Bréfritari: Páll Magnússon
Viðtakandi: Jón Borgfirðingur
Dagsetning: A-1867-06-17
Skrifað á: Kjarna  Eyf.

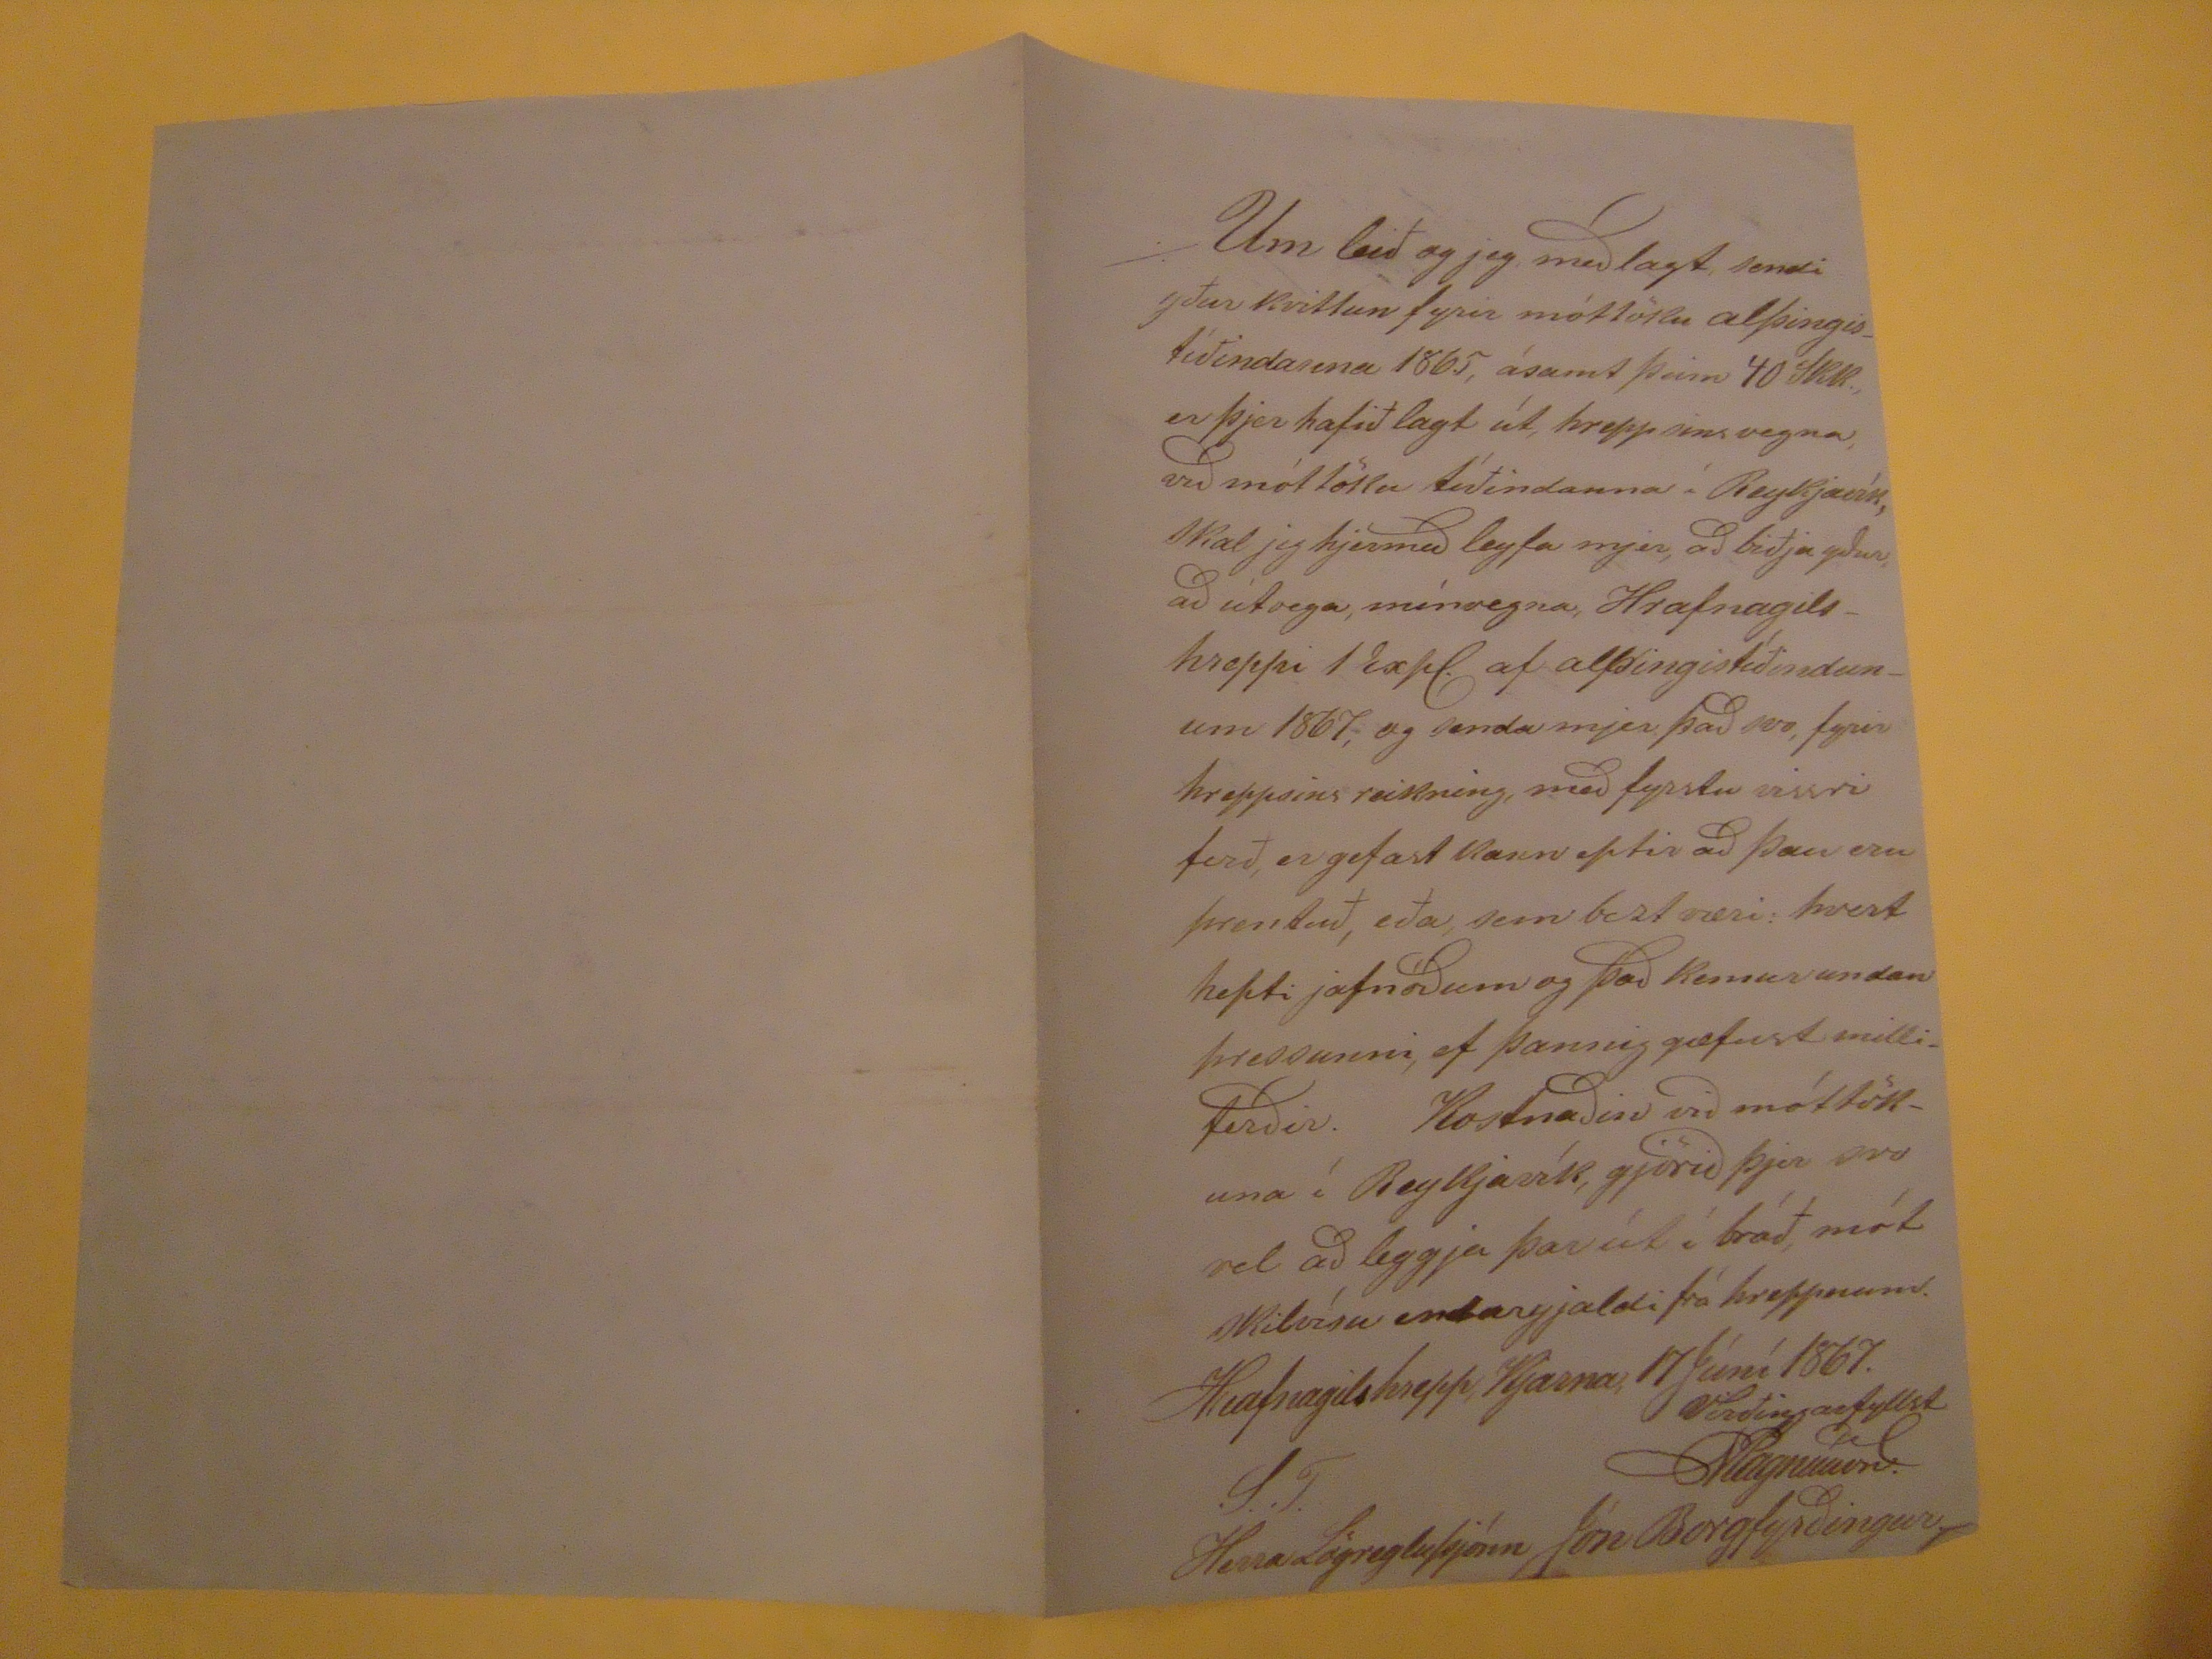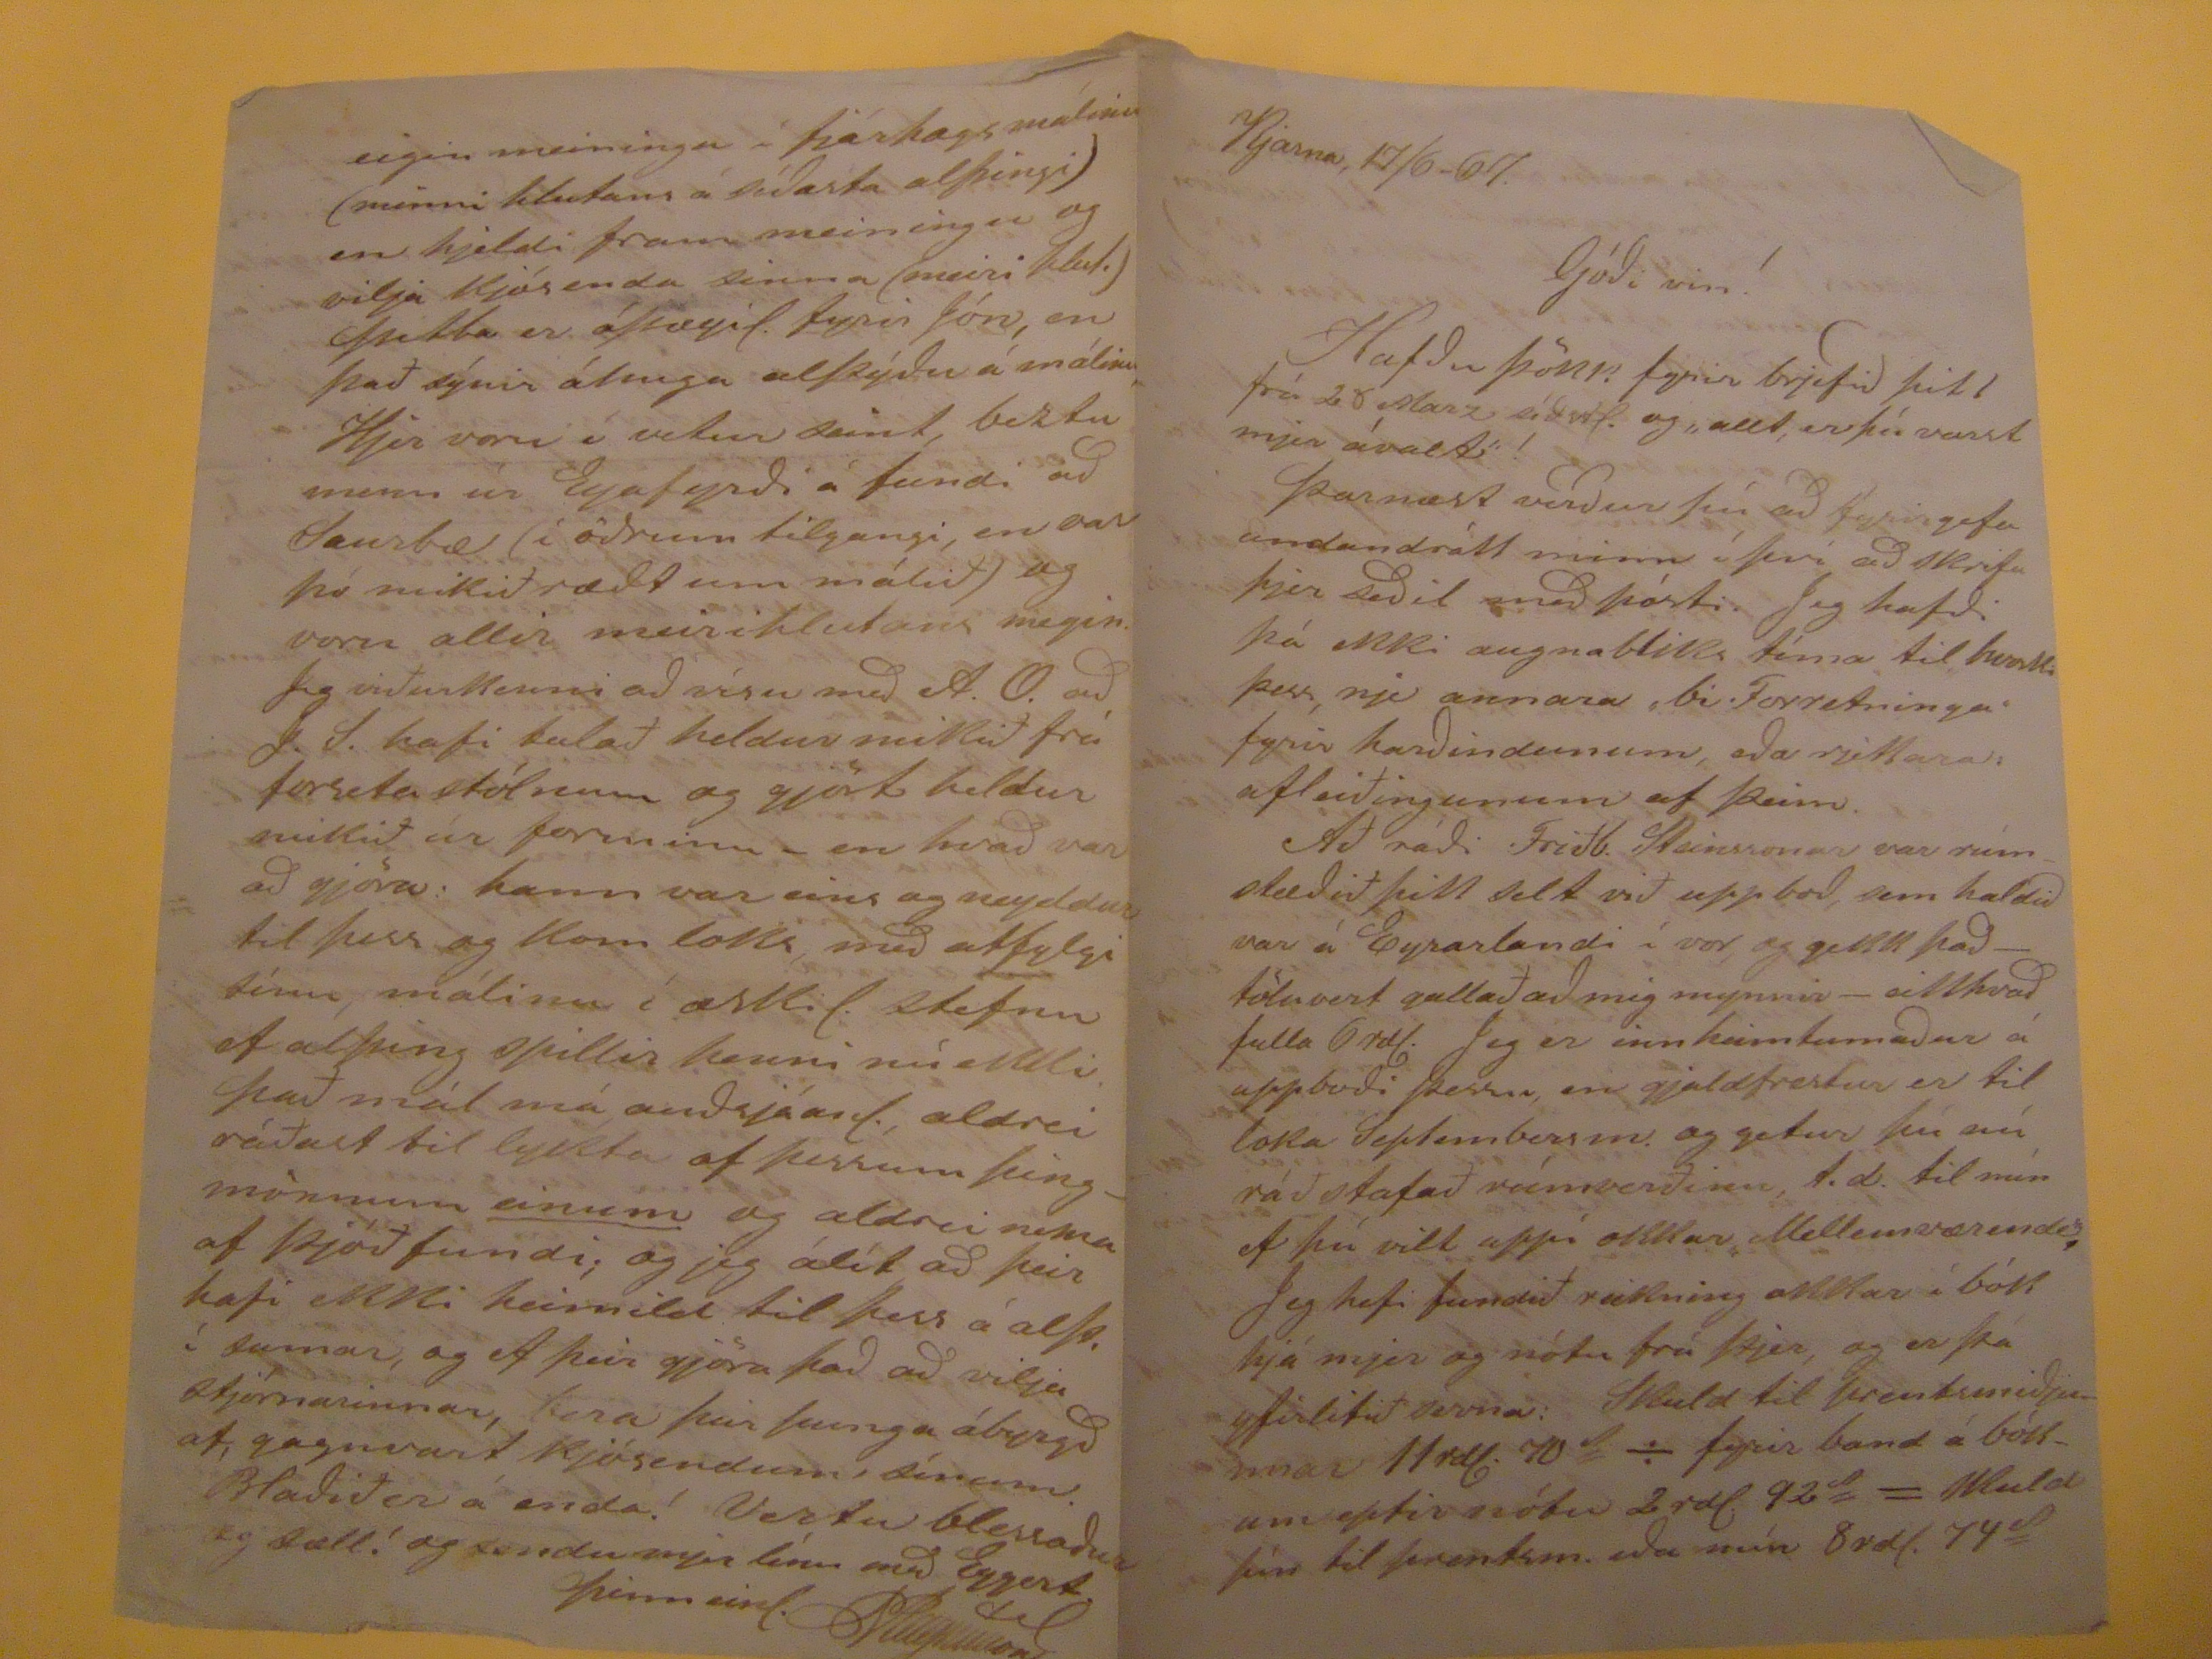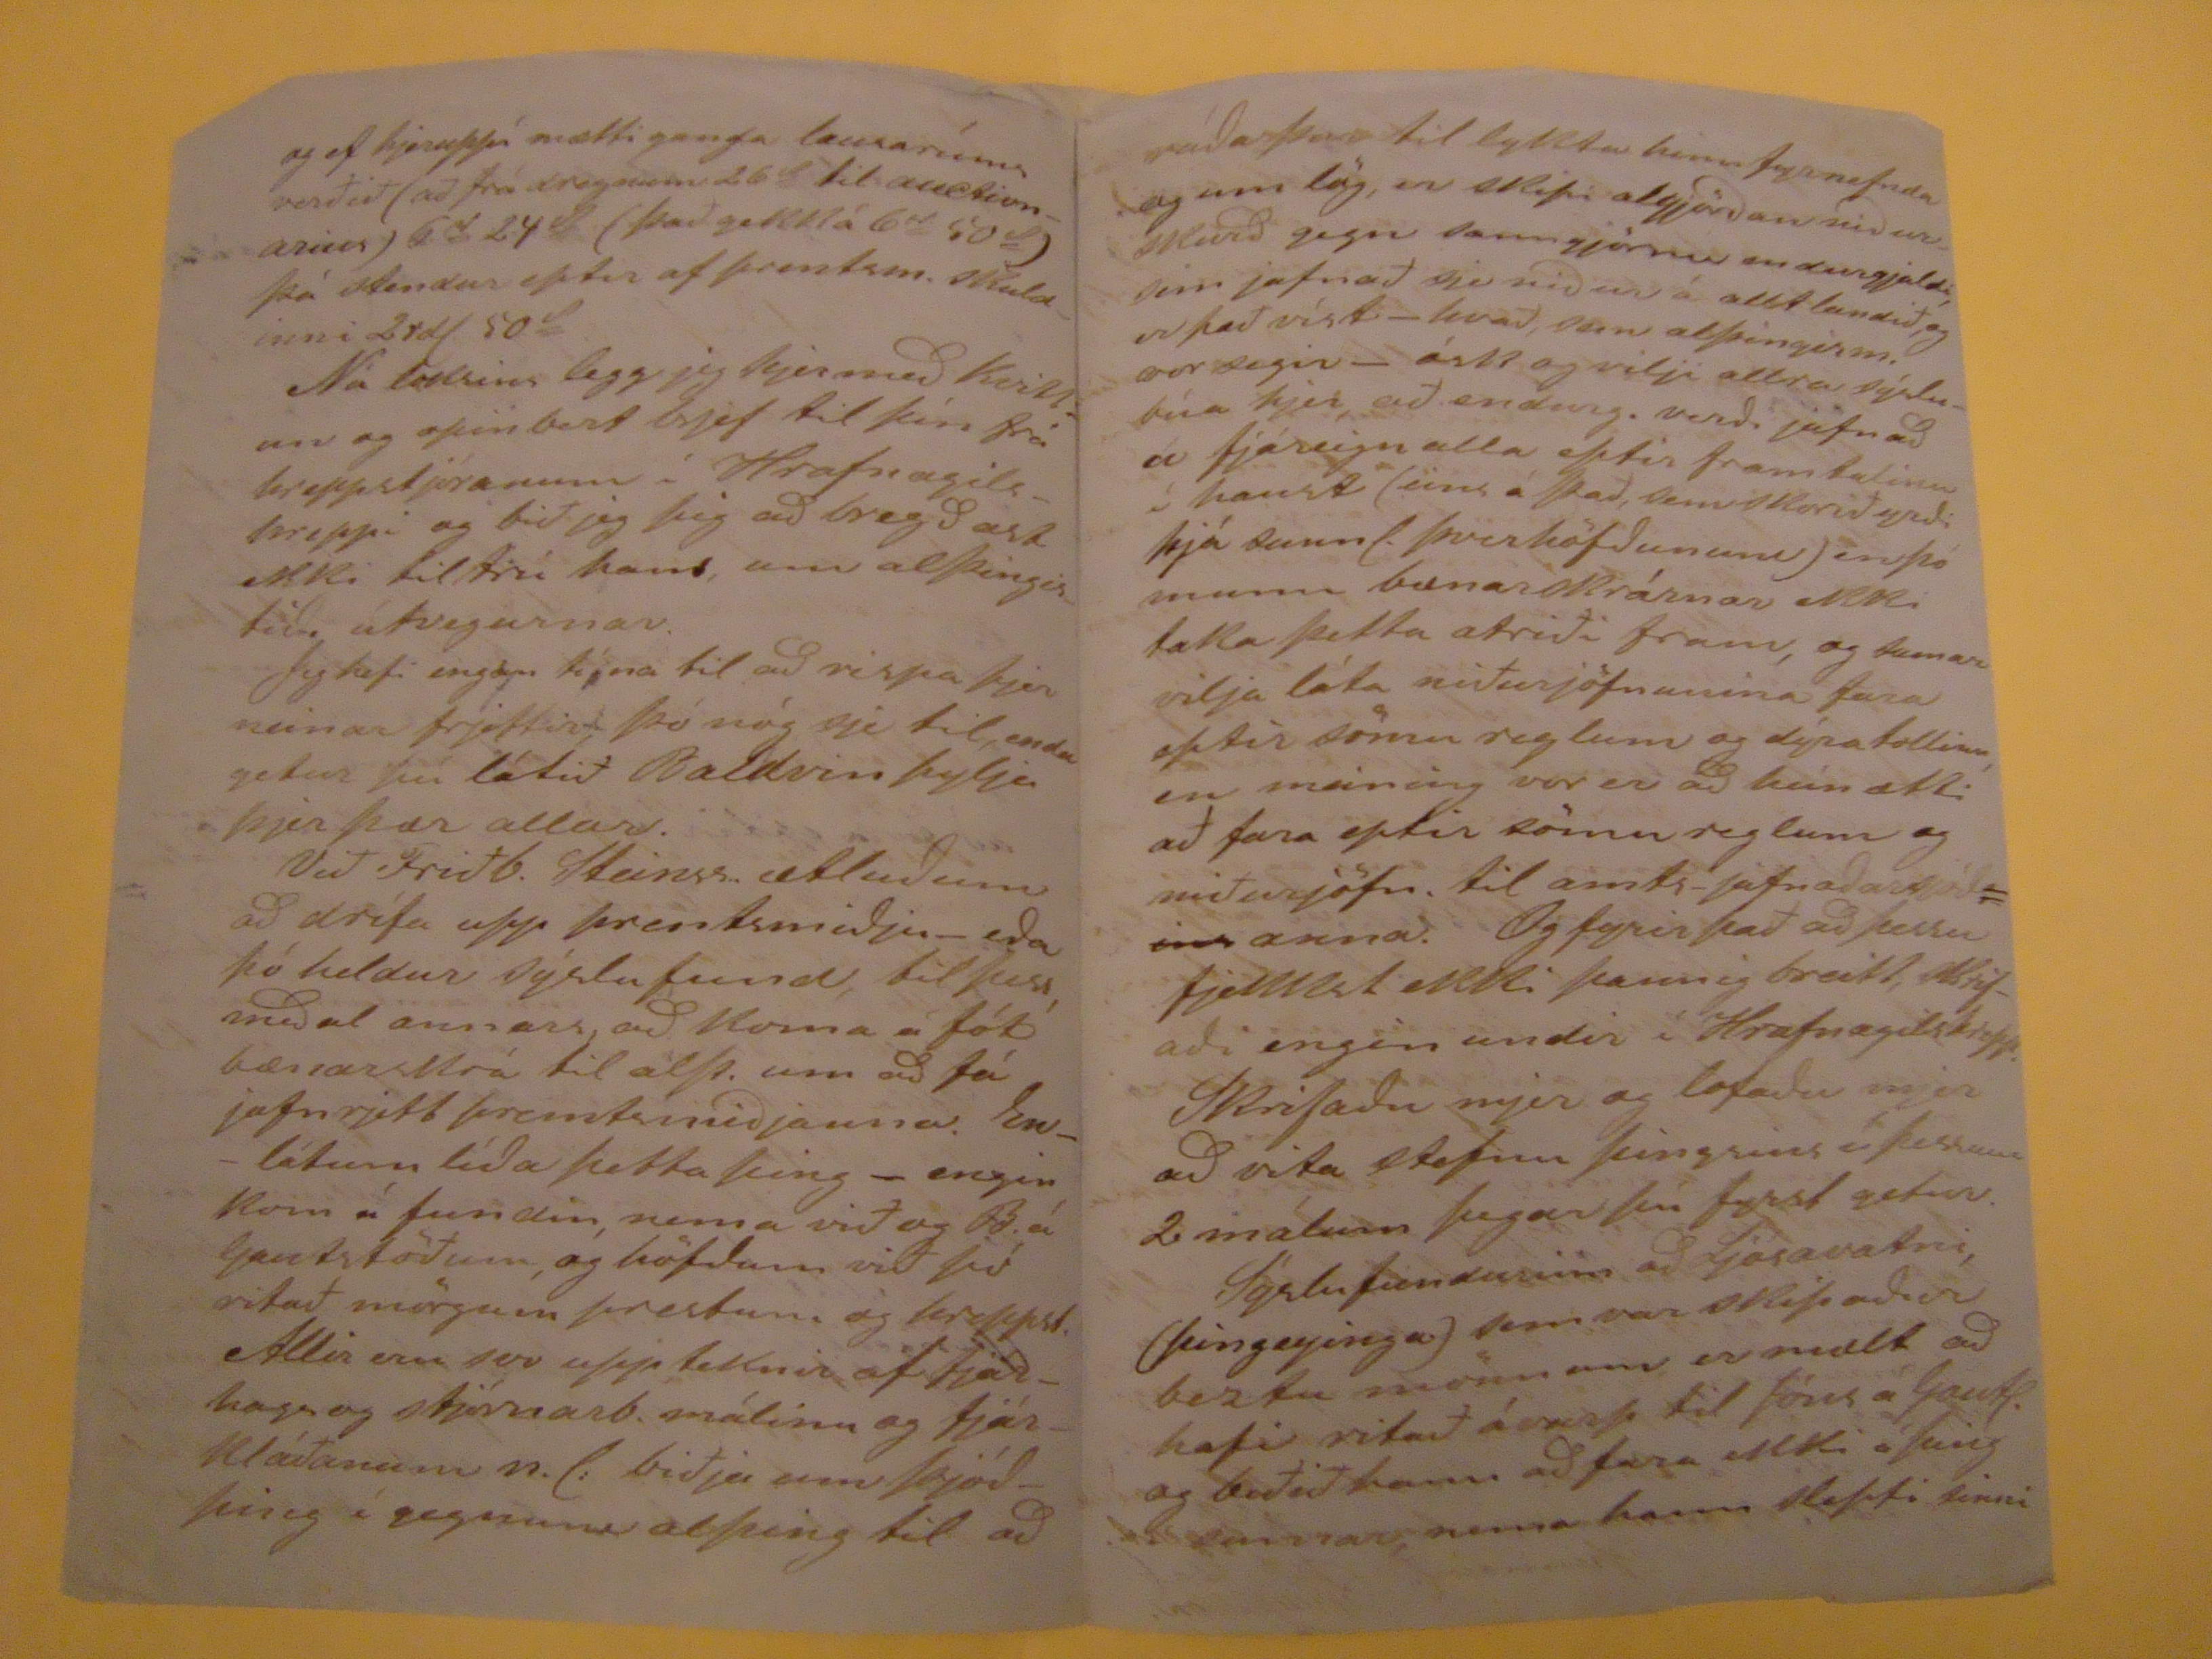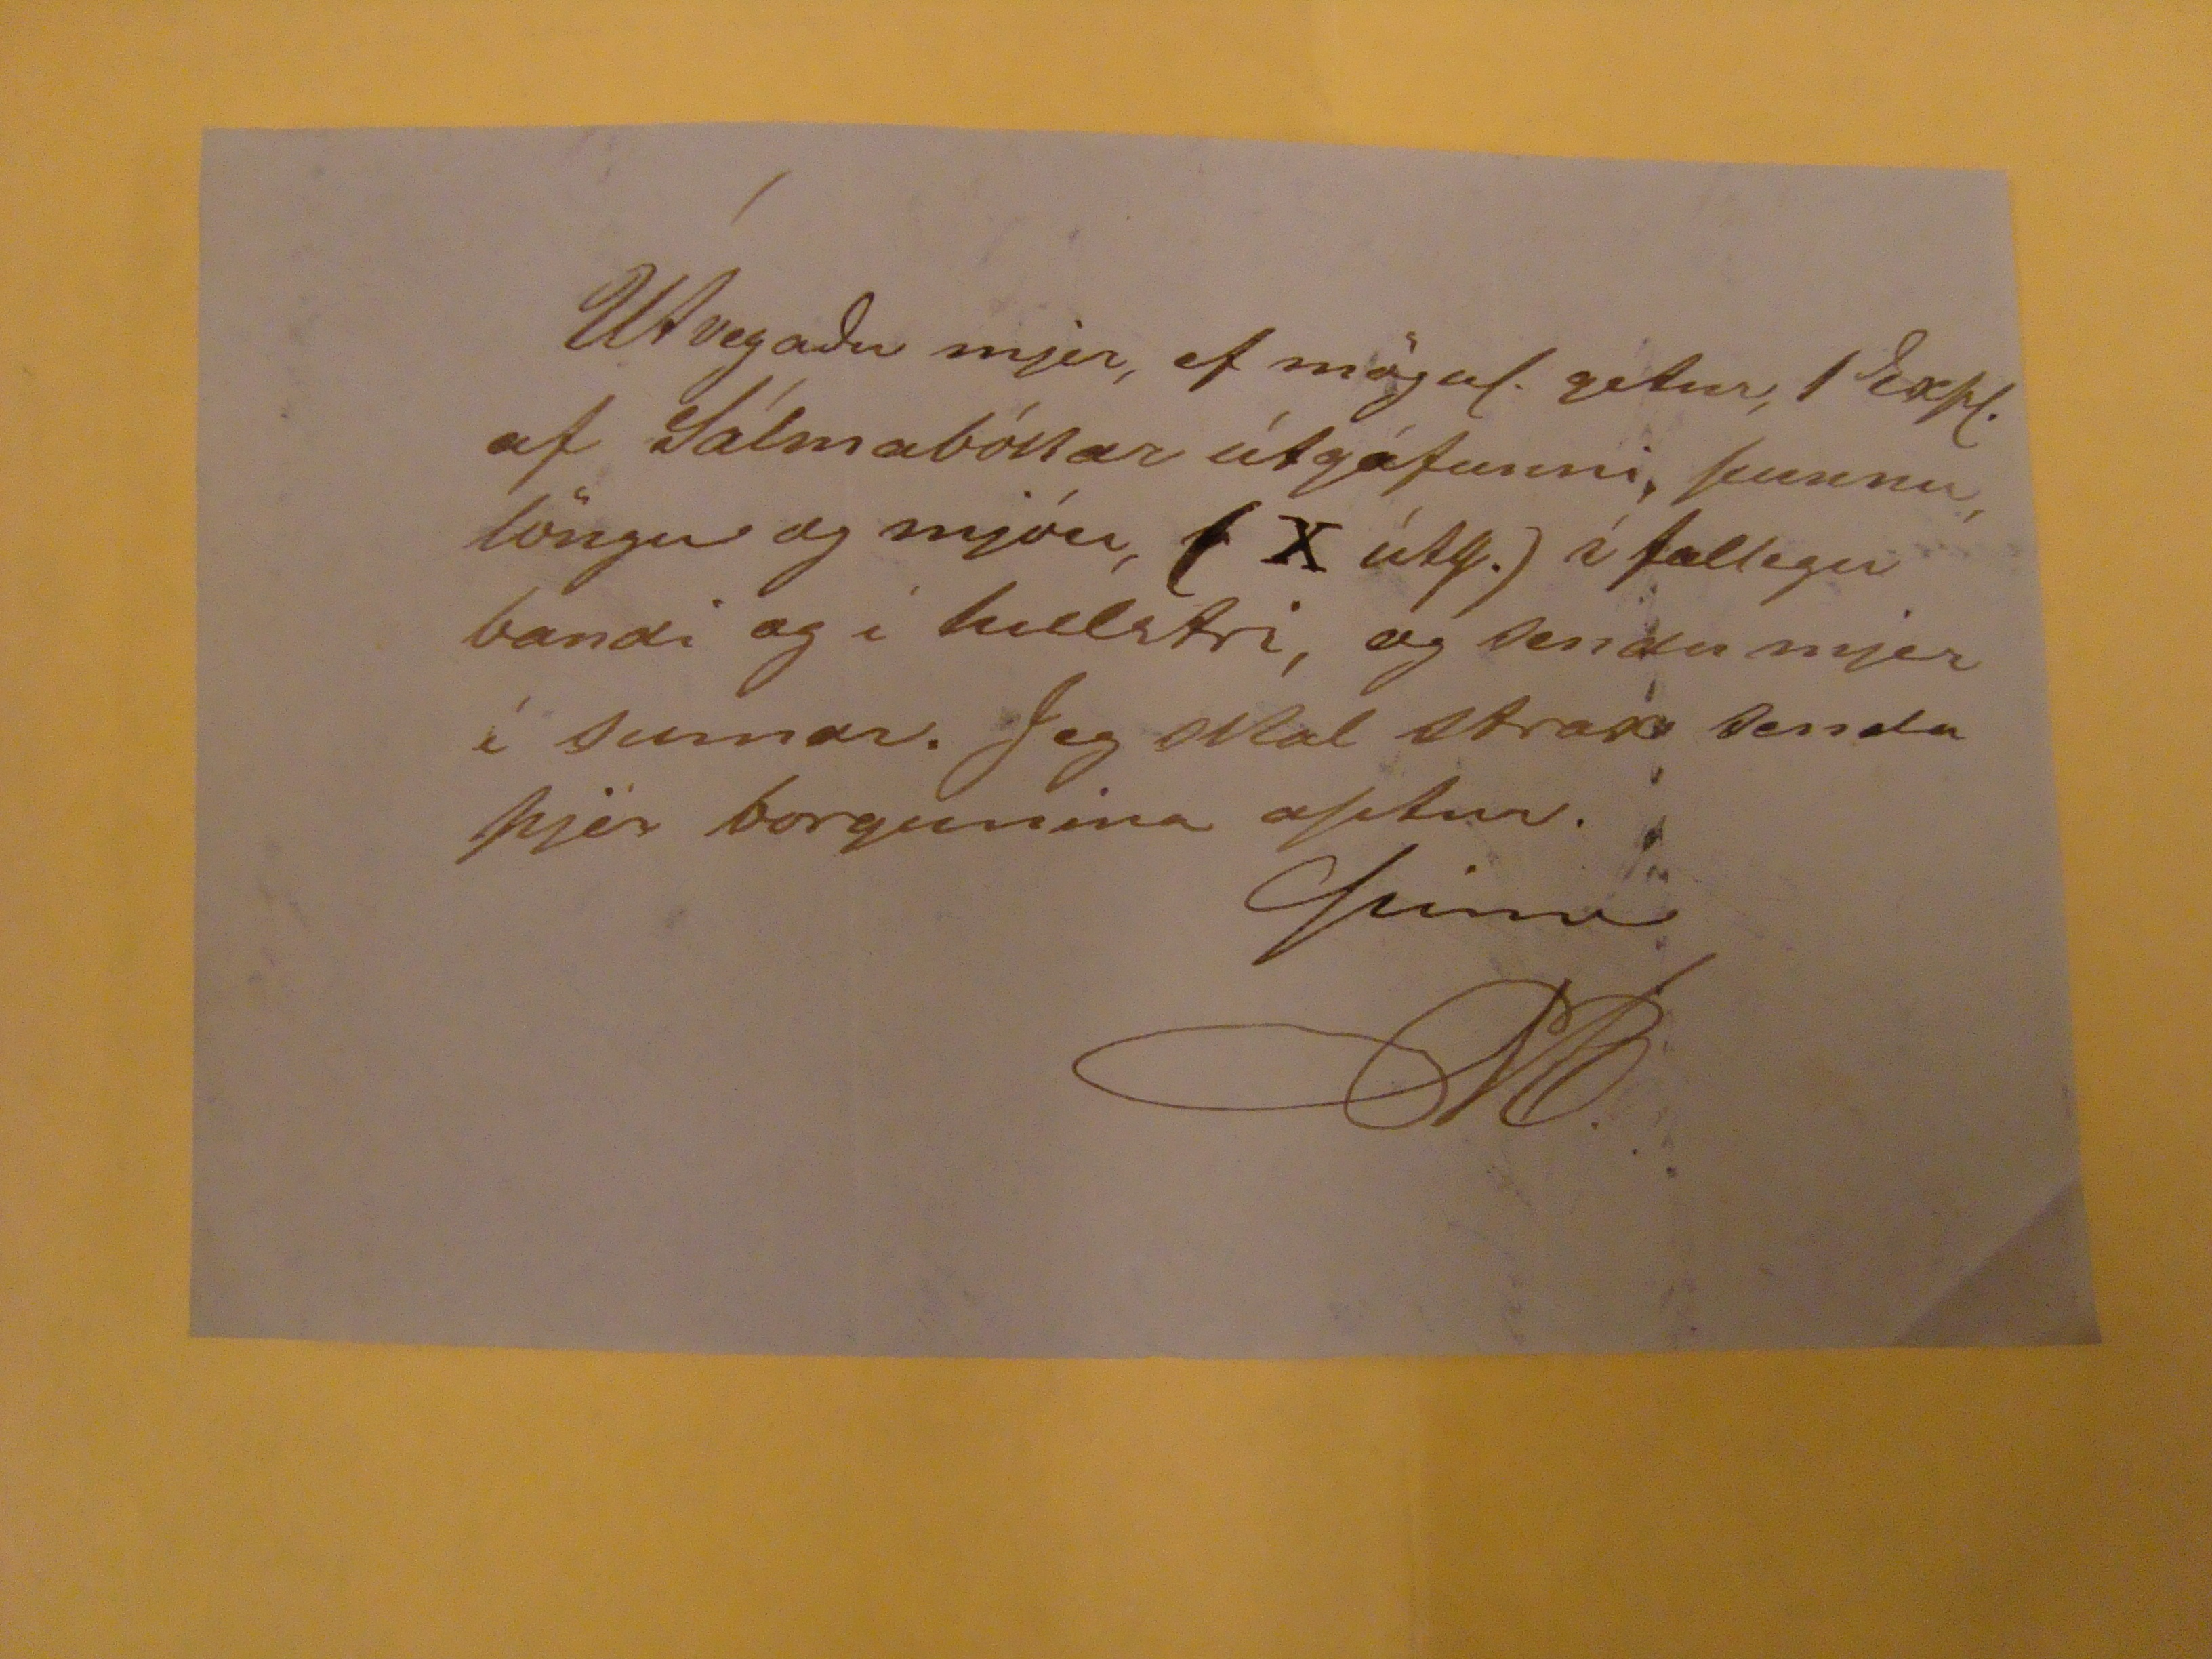

Um leið og jeg medlagt sendi yður v.villur fyirr móttöku alþingistíðindanna 1865, ásamt þeim 40 skk. er þjer hafið lagt út, hreppsins vegna, vid móttöku tíðindanna í Reykjavík, skal jeg hjermed leyfa mjer, ad biðja ydur, ad útvega mínvegna Hrafnagilshreppi 1 Exps. af alþingistíðindunum 1867, og senda mjer þad svo fyrir hreppsins reikning, med fyrstu vissri ferð, er gefast kann eptir ad þau eru prentað, eða sem bezt væri, hvert hefti jafnódum og þad kemur undan pressunni, ef þannig gæfust milliferdir. Kostnadir vid móttökuna í Reykjavík, gjörid þjer svo vel ad leggja þar út í bráð, mót skilvísu endurgjaldi frá hreppnum. Hrafnagilshrepp, Kjarna, 17 Júní 1867.
Virðingarfyllst
Magnússon.
S.T.
Herra Lögregluþjónn Jón Borgfyrdingur.